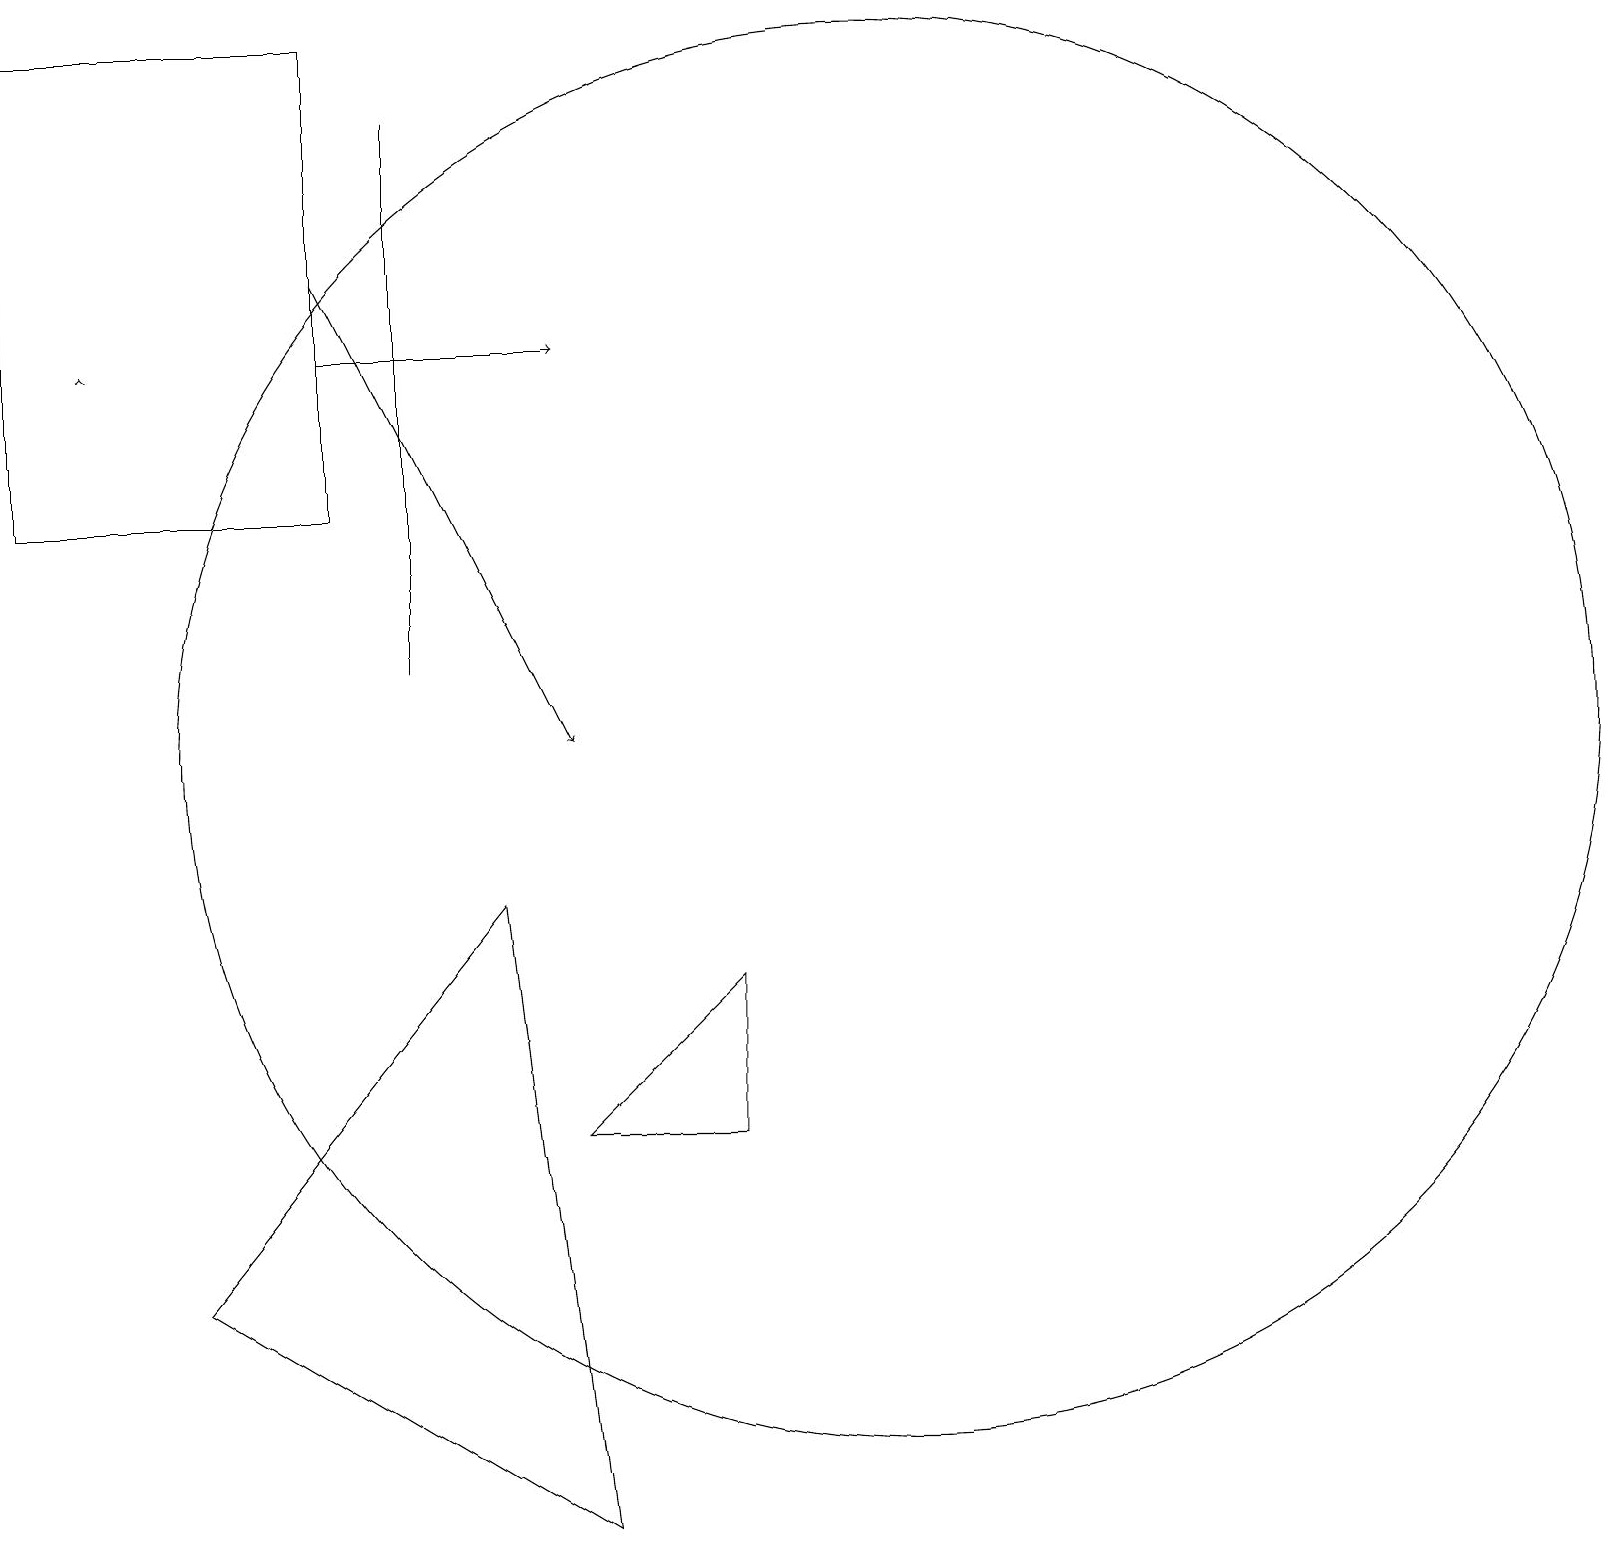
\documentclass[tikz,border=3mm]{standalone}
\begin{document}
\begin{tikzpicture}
\draw (0,13) rectangle (4,19);
\draw[->] (1,15) -- (1,15);
\draw (9,7) -- (7,5) -- (9,5) -- cycle;
\draw (6,8) -- (2,3) -- (7,0) -- cycle;
\draw[->] (4,15) -- (7,15);
\draw (11,10) circle (9);
\draw[->] (4,16) -- (7,10);
\draw (5,18) rectangle (5,11);
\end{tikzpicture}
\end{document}